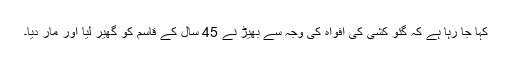
کہا جا رہا ہے کہ گئو کشی کی افواہ کی وجہ سے بھیڑ نے 45 سال کے قاسم کو گھیر لیا اور مار دیا۔